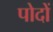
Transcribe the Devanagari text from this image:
पोदों